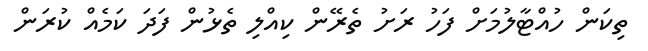
ތިކަން ހުއްޓާލުމަށް ފަހު ރަށު ތެރޭން ކިއްލި ތެޅުން ފަދަ ކަމެއް ކުރަން